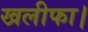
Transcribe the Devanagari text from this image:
खलीफा।